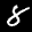
Label: 8